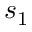
s _ { 1 }